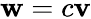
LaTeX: \mathbf{w}=c\mathbf{v}